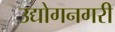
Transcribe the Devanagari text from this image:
उद्योगनगरी